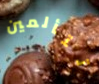
تتألمين